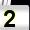
Digit: 2